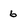
Character: 6